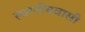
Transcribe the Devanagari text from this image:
स्थानीयवासी